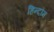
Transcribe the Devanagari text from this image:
हिन्दौम